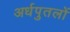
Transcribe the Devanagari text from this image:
अर्धपुतलों